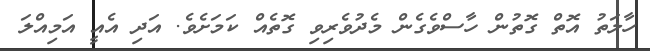
ހާލަތު އޮތް ގޮތުން ހާސްވެގެން މެދުވެރިވި ގޮތެއް ކަމަށެވެ. އަދި އެއީ އަމިއްލަ